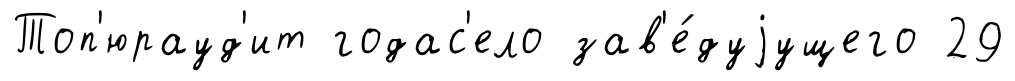
Топ'юрауд'ит годас'ело зав'е́дуjущего 29